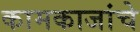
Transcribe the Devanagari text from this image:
कामकाजांचे